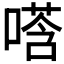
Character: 𫫚